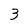
Character: 3